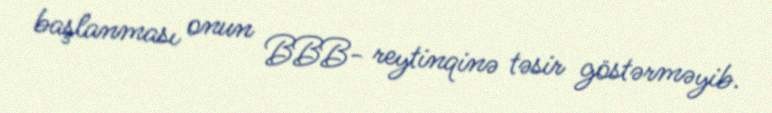
başlanması onun BBB- reytinqinə təsir göstərməyib.